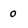
Character: o